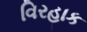
વિરહાક